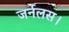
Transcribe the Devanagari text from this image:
जर्नलस।